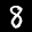
Label: 8